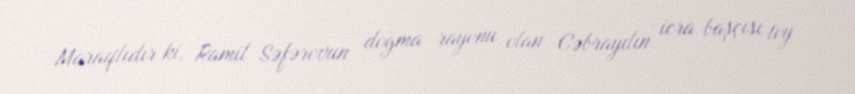
Maraqlıdır ki, Ramil Səfərovun doğma rayonu olan Cəbrayılın icra başçısı toy